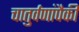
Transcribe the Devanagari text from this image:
चातुर्वणांपैकी